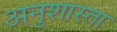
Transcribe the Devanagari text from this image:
अनुशास्ता